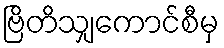
ဗြိတိသျှကောင်စီမှ